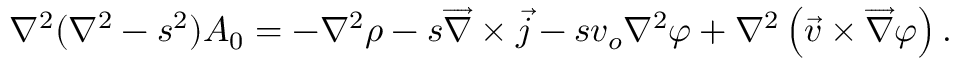
\nabla ^ { 2 } ( \nabla ^ { 2 } - s ^ { 2 } ) A _ { 0 } = - \nabla ^ { 2 } \rho - s \overrightarrow { \nabla } \times \overrightarrow { j } - s v _ { o } \nabla ^ { 2 } \varphi + \nabla ^ { 2 } \left( \overrightarrow { v } \times \overrightarrow { \nabla } \varphi \right) .